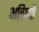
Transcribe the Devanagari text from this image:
भविष्यों